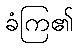
ခံကြ၏